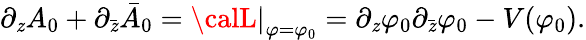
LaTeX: \partial_{\mathit{z}}A_{0}+\partial_{\bar{{\mathit{z}}}}\bar{{A}}_{0}=\left.{\calL}\right|_{\varphi=\varphi_{0}}=\partial_{\mathit{z}}\varphi_{0}\partial_{\bar{{\mathit{z}}}}\varphi_{0}-V(\varphi_{0}).